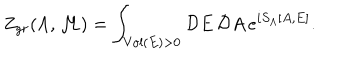
LaTeX: Z _ { g r } ( \Lambda , { \cal M } ) = \int _ { \mathrm { V o l } ( E ) > 0 } { \cal D } E \, { \cal D } A \, e ^ { i S _ { \Lambda } [ A , E ] } .